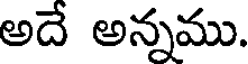
అదే అన్నము.